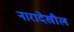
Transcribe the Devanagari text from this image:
नारादेखील